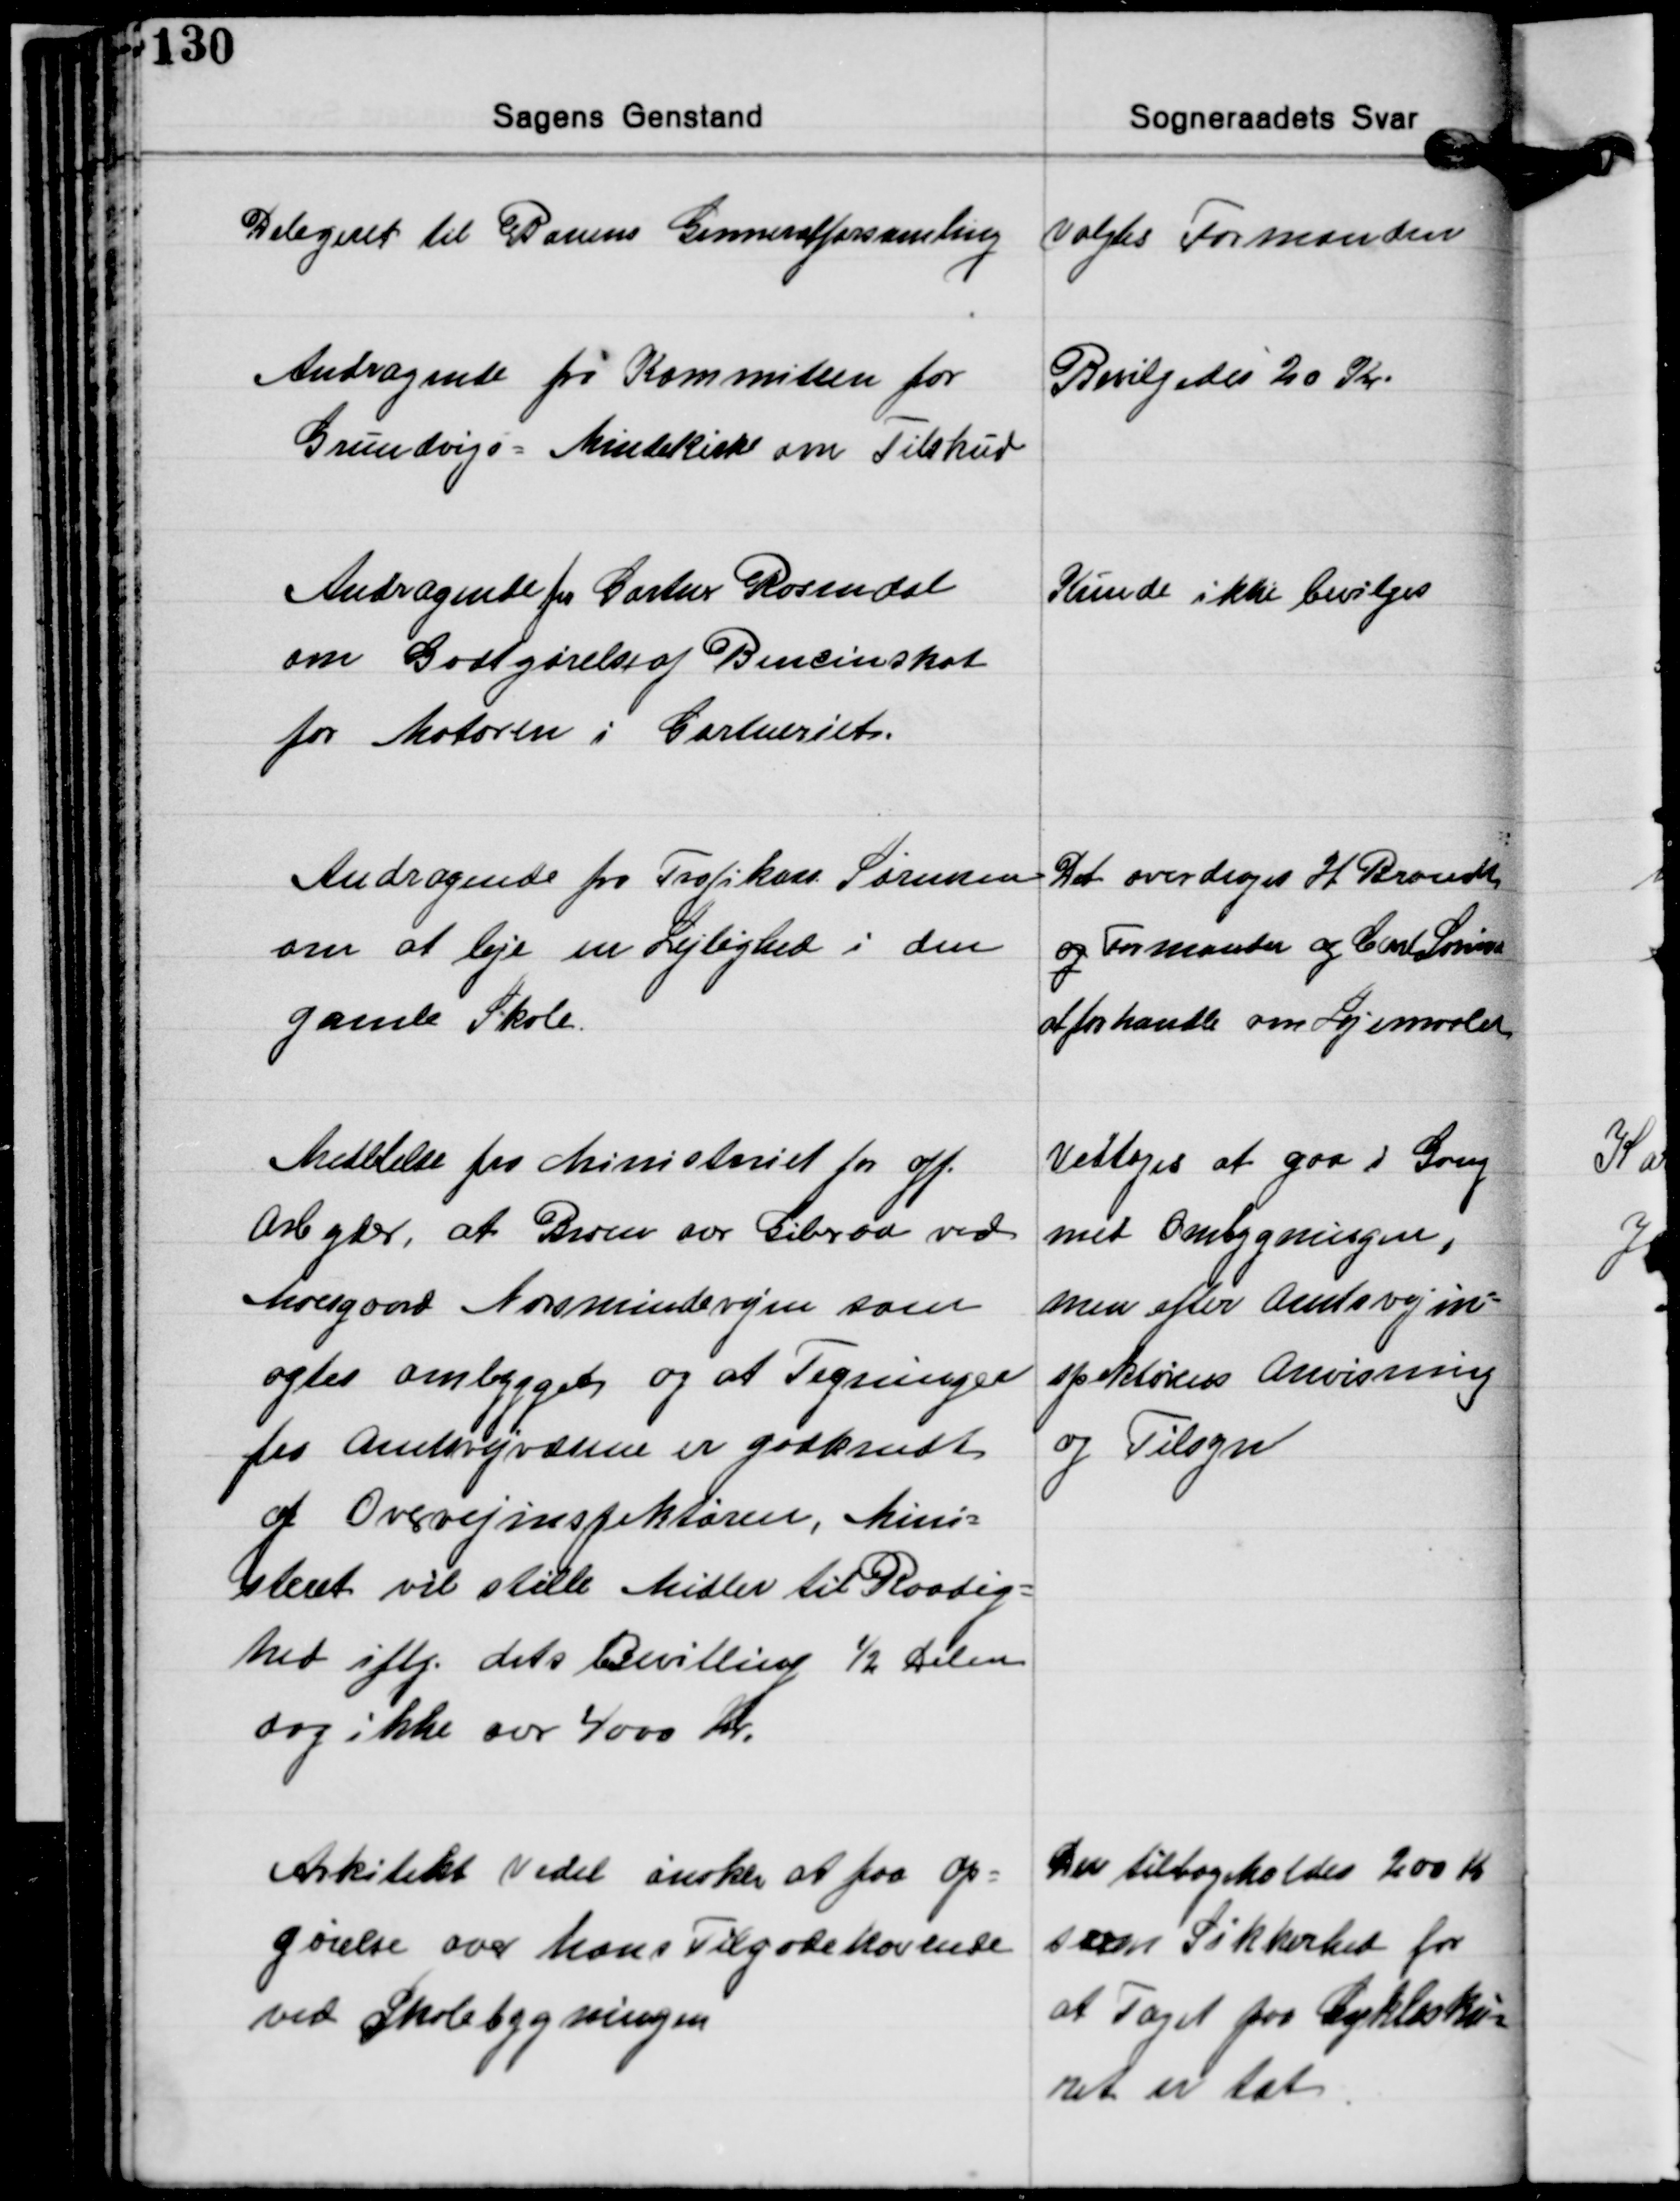
Transskription:
Delegeret til Borums Gennerafforsamling

valgtes Formanden

Andragende fra Kommiteen for
Grundvigs-Mindekirke om Tilskud

Bevilgedes 20 Kr.

Andragende for Gartner Rosendal
om Godtgørelse af Bencinskat
for Motoren i Gartneriet.

Kunde ikke bevilges

Andragende fra Trafikass. Sørensen
om at leje en Lejlighed i den
gamle Skole.

Det overdroges H. Brandt
og Formanden og Carl Sørensen
at forhandle om Lejemaalet

Medelelse fra Ministeriet for off.
Arbejder, at Broen over Giveraa ved
Moesgaard Norsmindevejen som
agtes ombygget og at Tegninger
fra Amtsvejvæsenet er godkendt
af Overvejinspektøren, Mini-
steriet vil stille Midler til Raadig-
hed iflg. dets Bevilling ½ Delen
dog ikke over 4000 kr.

Vedtoges at gaa i Gang
med Ombygningen,
men efter Amtsvejin-
spektørens Anvisning
og Tilsyn

Arkitekt Vedel ønsker at faa op-
gørelse over hans Tilgodehavende
ved Skolebygningen

Der tilbageholdes 200 Kr.
som Sikkerhed for
at Taget paa Cyklesku-
ret er tæt